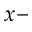
x -